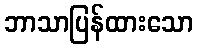
ဘာသာပြန်ထားသော